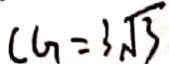
C G = 3 \sqrt { 3 }